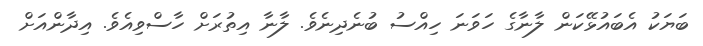
ބަޔަކު އެބައުޅޭކަން ލާނާގެ ހަވަނަ ހިއްސު ބުނެދިނެވެ. ލާނާ އިތުރަށް ހާސްވިއެވެ. އިދާންއަށް